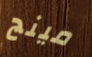
مينج